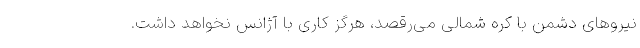
نیروهای دشمن با کره شمالی می‌رقصد، هرگز کاری با آژانس نخواهد داشت.